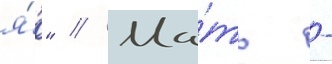
я́р" // Ма́ть -